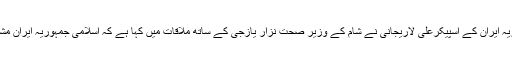
مہر خبررساں ایجنسی کے نامہ نگار کی رپورٹ کے مطابق اسلامی جمہوریہ ایران کے اسپیکرعلی لاریجانی نے شام کے وزير صحت نزار یازجی کے ساتھ ملاقات میں کہا ہے کہ اسلامی جمہوریہ ایران مشکل وقت میں شامی قوم اور حکومت کی حمایت اور تعاون جاری رکھےگا ۔